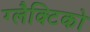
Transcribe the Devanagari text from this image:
ग्‍लैक्टिको